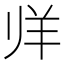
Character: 𱻉